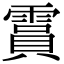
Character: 霣